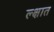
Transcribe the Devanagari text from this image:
ल्क्षात